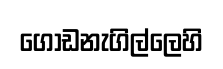
ගොඩනැගිල්ලෙහි